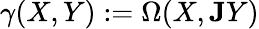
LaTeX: \gamma(X,Y):=\Omega(X,{\mathbf J}Y)